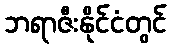
ဘရာဇီးနိုင်ငံတွင်